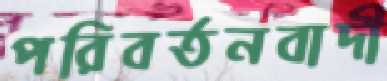
পরিবর্তনবাদী